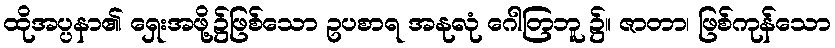
ထိုအပ္ပနာ၏ ရှေးအဖို့၌ဖြစ်သော ဥပစာရ အနုလုံ ဂေါတြဘူ ၌။ ဇာတာ၊ ဖြစ်ကုန်သော